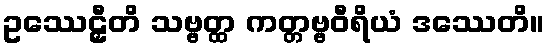
ဥဿေဠှီတိ သဗ္ဗတ္ထ ကတ္တဗ္ဗဝီရိယံ ဒဿေတိ။